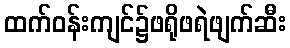
ထက်ဝန်းကျင်၌ဖရိုဖရဲဖျက်ဆီး